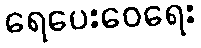
ရေပေးဝေရေး